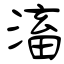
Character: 滀